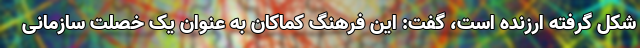
شکل گرفته ارزنده است، گفت: این فرهنگ کماکان به عنوان یک خصلت سازمانی